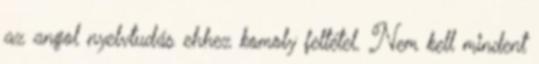
az angol nyelvtudás ehhez komoly feltétel. Nem kell mindent